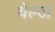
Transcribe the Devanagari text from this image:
थेल्ज